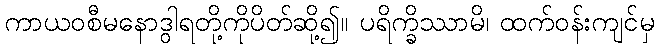
ကာယဝစီမနောဒွါရတို့ကိုပိတ်ဆို့၍။ ပရိက္ခိဿာမိ၊ ထက်ဝန်းကျင်မှ